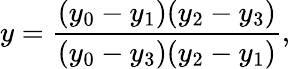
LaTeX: y=\frac{(y_{0}-y_{1})(y_{2}-y_{3})}{(y_{0}-y_{3})(y_{2}-y_{1})},